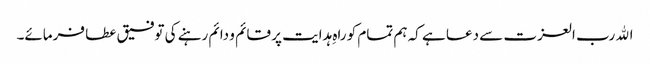
اﷲ رب العزت سے دعا ہے کہ ہم تمام کو راہِ ہدایت پر قائم و دائم رہنے کی توفیق عطا فرمائے۔